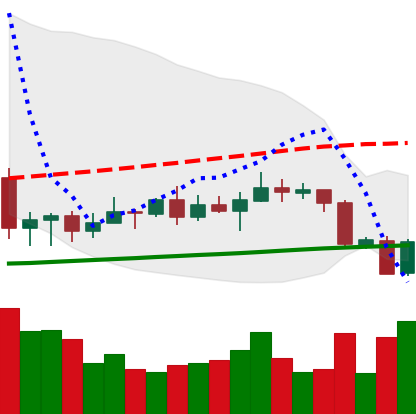
Ticker: XRP-USD
Chart end date: 2020-09-24
Forward return: 4.41%
Label: up_3_5